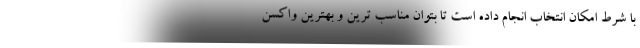
با شرط امکان انتخاب انجام داده است تا بتوان مناسب ترین و بهترین واکسن